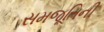
સમજૂતિની